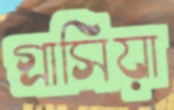
গ্রাসিয়া